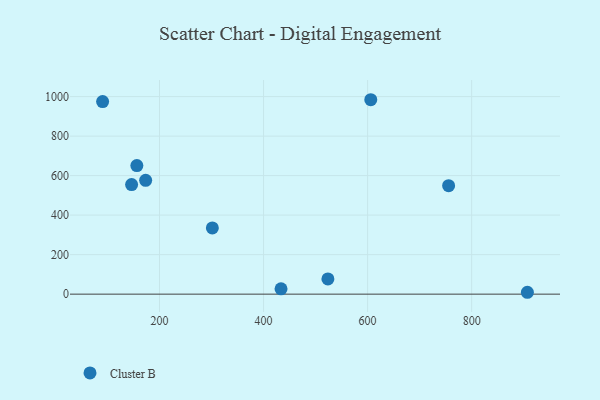
{"axis": {"x": "Price", "y": "Salary"}, "legend": ["Cluster B"], "data": [{"x": "90.7", "y": 974.8, "type": "Cluster B"}, {"x": "301.6", "y": 335.0, "type": "Cluster B"}, {"x": "146.4", "y": 554.8, "type": "Cluster B"}, {"x": "433.6", "y": 27.1, "type": "Cluster B"}, {"x": "156.5", "y": 650.8, "type": "Cluster B"}, {"x": "755.7", "y": 549.1, "type": "Cluster B"}, {"x": "173.4", "y": 575.9, "type": "Cluster B"}, {"x": "907.1", "y": 9.5, "type": "Cluster B"}, {"x": "523.7", "y": 77.0, "type": "Cluster B"}, {"x": "606.1", "y": 984.1, "type": "Cluster B"}]}